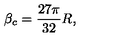
\beta _ { c } = { \frac { 2 7 \pi } { 3 2 } } R ,